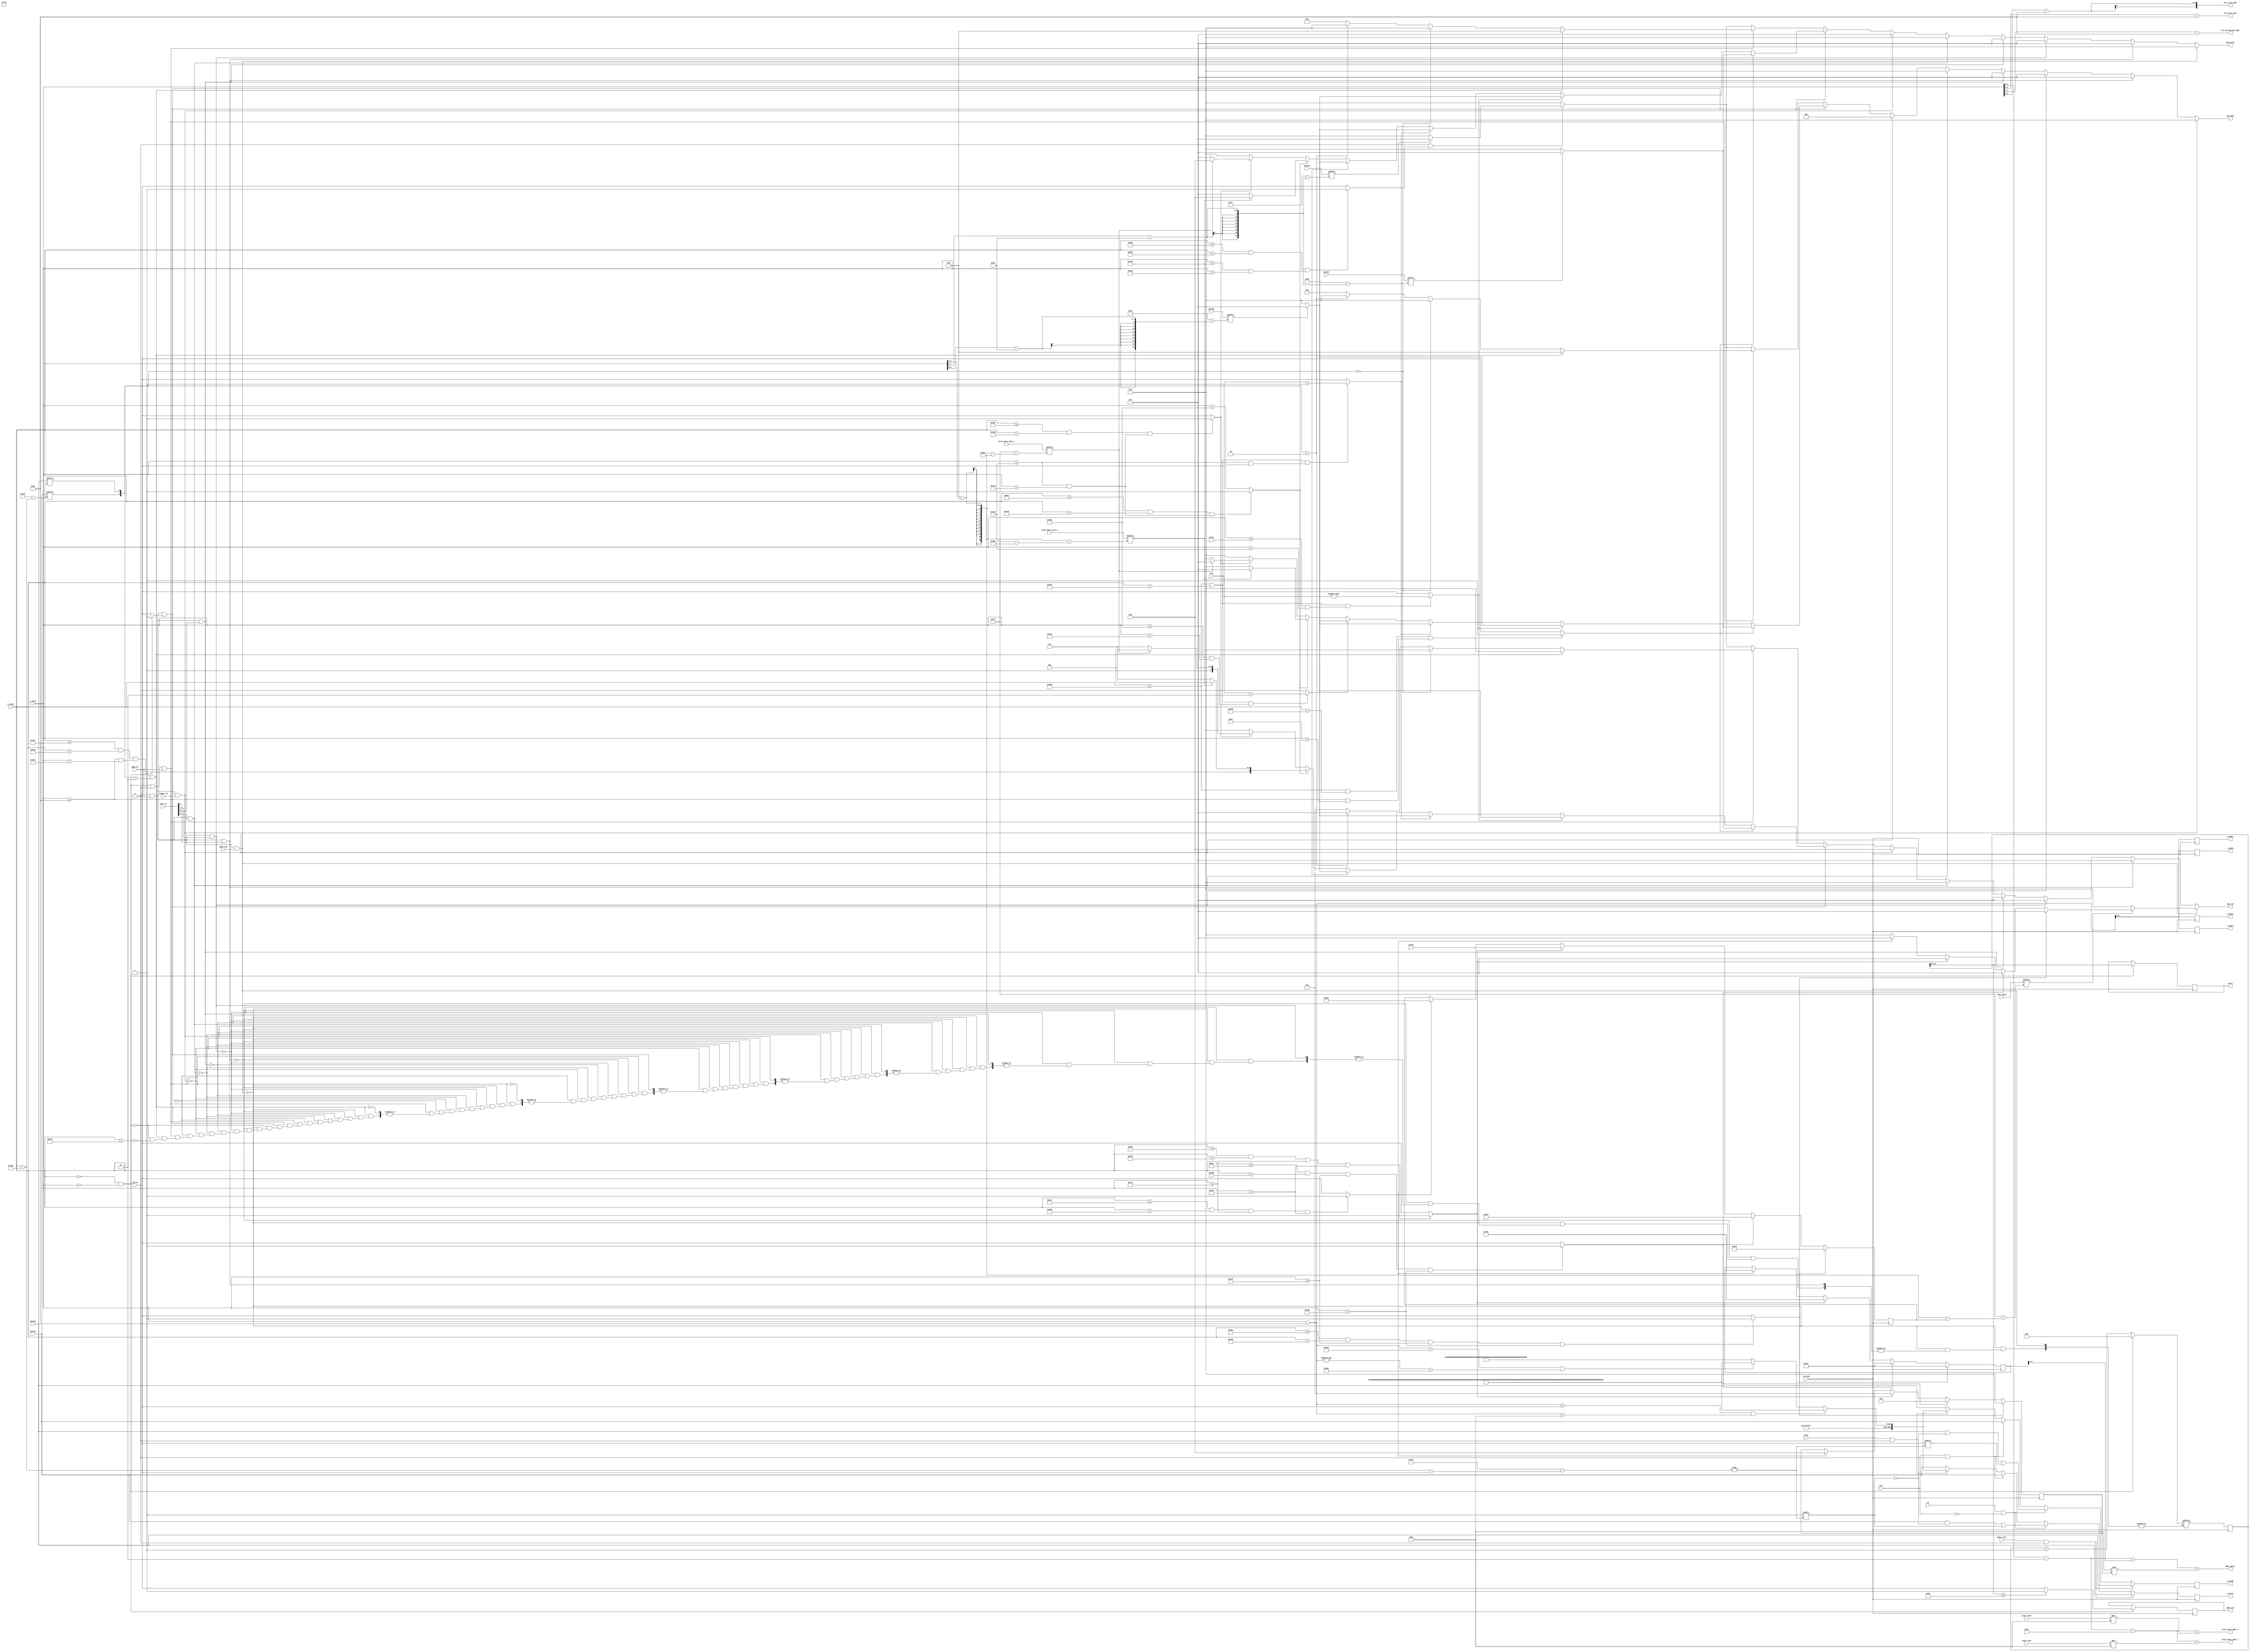
`timescale 1ns / 1ps
//////////////////////////////////////////////////////////////////////////////////
// Company: 
// Engineer: 
// 
// Design Name: 
// Module Name: game
// Project Name: 
// Target Devices: 
// Tool Versions: 
// Description: 
// 
// Dependencies: 
// 
// Revision:
// Revision 0.01 - File Created
// Additional Comments:
// 

module game                 //only module with write access to bram, display and writing performed in this module
(   
    input clk_65M, input clear, input [16:0] h_count, input [16:0] v_count, 
    input vid_on, input game_on,
    input [4:1] ball_on, input player_on,input we,
    
    input [0:82] doutb5, output [7:0] rom_lives_addr,
    input [0:191] doutb4, output [7:0] rom_instruction_addr,
    input [0:255] doutb3, output [6:0] rom_intsc_addr,
    input [0:1023] doutb0,input [0:1023] doutb1, 
    output [9 : 0] r_addr0, output [9 : 0] r_addr1,
    output [7:0] addr_gover,input [0:31] dout_gover,

    output reg [9 : 0] w_addr0, output reg [0:1023] w_data0,
    output reg [0:1023] w_data1,output reg [9 : 0] w_addr1,
    output [8:0] brom_count_addr_t,input [0:31] brom_count_data_t,//address and data for count display in tens
    output [8:0] brom_count_addr_o,input [0:31] brom_count_data_o,//address and data for count display in ones
    
    input istop,
    output reg [3:0] vga_red, output reg [3:0] vga_green, output reg [3:0] vga_blue,
    output reg game_win, 
    //output reg [1:0] led,

    input test,
    input [3:0] score_ones,score_tens,
    input game_start,
    
    input [1:0] life, input game_end,output reg [6:0] score
    //from redline
//    input [9:0] w_addr_write_red , 
//    input [0:1023] wdata_lsb_red,
//    input [0:1023] wdata_msb_red
);
            
    parameter HPIXELS = 1344;
    parameter VLINES = 806;
    parameter HBP = 296;//296
    parameter HFP = 1320;//24
    parameter VBP = 35;//35
    parameter VFP = 803;//
    parameter HSP = 136;
    parameter VSP = 6;
    parameter HSCREEN = 1024;
    parameter VSCREEN = 768;
    
    //parameters for screen
    parameter screen_xstart = 256;
    parameter screen_xsize = 256;
    parameter screen_ystart = 256;
    parameter screen_ysize = 128;
    
    //parameters for side screen which includes instructions, lives, score
    parameter side_screen_xstart = 713;
    parameter side_screen_xsize = 311;
    parameter side_screen_ystart = 0;
    parameter side_screen_ysize = 768;
    
    //parameters for instruction
    parameter instruction_xstart = 768;
    parameter instruction_xsize = 192;
    parameter instruction_ystart = 0;
    parameter instruction_ysize = 189;
    
    //parameters for lives star 1
    parameter lives1_xstart = 768;
    parameter lives1_xsize = 83;
    parameter lives1_ystart = 252;
    parameter lives1_ysize = 63;
    
    //parameters for lives star 2
    parameter lives2_xstart = 768;
    parameter lives2_xsize = 83;
    parameter lives2_ystart = 315;
    parameter lives2_ysize = 63;
    
    //parameters for lives star 3
    parameter lives3_xstart = 768;
    parameter lives3_xsize = 83;
    parameter lives3_ystart = 378;
    parameter lives3_ysize = 63;

    //parameters for score count
        //tens
    parameter count_xstart_t = lives2_xstart+100;
    parameter count_ystart_t= lives2_ystart;
        //ones
    parameter count_xstart_o =count_xstart_t+34  ;
    parameter count_ystart_o = lives2_ystart;
    parameter count_size = 31;

  
    parameter MASK_XSIZE = 31;
    parameter MASK_YSIZE = 31;
    //ga display parameters

//parameters for game over
    parameter GA_X_START = 500;
    parameter GA_Y_START = 300;
    
    //me display parameters
    parameter ME_X_START = GA_X_START+32;
    parameter ME_Y_START = GA_Y_START;
    
    //ov display parameters
    parameter OV_X_START = ME_X_START+32;
    parameter OV_Y_START = GA_Y_START+40;
    
    //me display parameters
    parameter ER_X_START = OV_X_START+32;
    parameter ER_Y_START = GA_Y_START+40;
    
    
            
    //assign wea = 0; 
    reg game_stop;
    //assigning screen addresses-A1
    reg [1:0] screen;
    reg  [16 : 0] rom_screen_addr0;
    reg  [16 : 0] rom_screen_addr1;
    wire  [16 : 0] rom_screen_pix ;

    wire  [16 : 0] rom_iscreen_addr;
    wire  [16 : 0] rom_iscreen_pix ;
    
    wire [16:0] x_start,y_start;
    reg [16:0] x_start_reg,y_start_reg,x_start_next,y_start_next;

    assign x_start = x_start_reg;
    assign y_start = y_start_reg;
    
    reg ga_on,me_on,ov_on,er_on;

    //on signal for ov display 
    always @(*)
    begin
        if ((h_count >= OV_X_START+HBP) && (h_count < OV_X_START+MASK_XSIZE+HBP) 
        && (v_count >= OV_Y_START+VBP) && (v_count < OV_Y_START+MASK_YSIZE+VBP))
        begin
            ov_on = 1;
        end
        else
        begin
            ov_on = 0;
        end
    end

    //on signal for ga display
    always @(*)
    begin
        if ((h_count >= GA_X_START+HBP) && (h_count < GA_X_START+MASK_XSIZE+HBP) 
        && (v_count >= GA_Y_START+VBP) && (v_count < GA_Y_START+MASK_YSIZE+VBP))
        begin
            ga_on = 1;
        end
        else
        begin
            ga_on = 0;
        end
    end

    //on signal for me display
    always @(*)
    begin
        if ((h_count >= ME_X_START+HBP) && (h_count < ME_X_START+MASK_XSIZE+HBP) 
        && (v_count >= ME_Y_START+VBP) && (v_count < ME_Y_START+MASK_YSIZE+VBP))
        begin
            me_on = 1;
        end
        else
        begin
            me_on = 0;
        end
    end

    //on signal for er display
    always @(*)
    begin
        if ((h_count >= ER_X_START+HBP) && (h_count < ER_X_START+MASK_XSIZE+HBP) 
        && (v_count >= ER_Y_START+VBP) && (v_count < ER_Y_START+MASK_YSIZE+VBP))
        begin
            er_on = 1;
        end
        else
        begin
            er_on = 0;
        end
    end

    //reg [3:0] factor;
 //display game over   
    always@(posedge clk_65M)
    begin
        x_start_reg<=x_start_next;
    end

    always@(*)
    begin
        if(ga_on==1)
            x_start_next = GA_X_START;
        else if(me_on==1)
            x_start_next = ME_X_START;
        else if(ov_on==1)
            x_start_next = OV_X_START;
        else if(er_on==1)
            x_start_next = ER_X_START;
        else
            x_start_next = x_start_reg;
    end
    
    always@(posedge clk_65M)
    begin
        y_start_reg<=y_start_next;
    end
    
    always@(*)
    begin
        if(ga_on==1)
            y_start_next = GA_Y_START;
        else if(me_on==1)
            y_start_next = ME_Y_START;
        else if(ov_on==1)
            y_start_next = OV_Y_START;
        else if(er_on==1)
            y_start_next = ER_Y_START;
        else
            y_start_next = y_start_reg;
    end
 //

    wire [3:0] factor;
    reg [3:0] factor_reg,factor_next;

    assign factor = factor_reg;
    
    always@(posedge clk_65M)
    begin
        factor_reg<=factor_next;
    end

    always@(*)
    begin
        if(ga_on==1)
            factor_next = 4'd0;
        else if(me_on==1)
            factor_next = 4'd1;
        else if(ov_on==1)
            factor_next = 4'd2;
        else if(er_on==1)
            factor_next = 4'd3;
        else
            factor_next = factor_reg;
    end

    //introduction screen display 
    assign rom_iscreen_addr = v_count[4:0]-VBP[4:0]-y_start;
    assign addr_gover = rom_iscreen_addr[4:0]+32*factor;
    reg ga_screen;
    
    assign rom_iscreen_pix = h_count[4:0]-HBP[4:0]-x_start;
    assign r_addr0 = rom_screen_addr0;
    assign r_addr1 = rom_screen_addr1;
    assign rom_screen_pix = h_count - HBP;
    
    //instruction screen display
    reg intscr;
    wire  [16 : 0] rom_intsc_pix ;
    assign rom_intsc_addr = v_count[6:0] - VBP[6:0];
    assign rom_intsc_pix = h_count[7:0] - HBP[7:0];
    
    reg instruction;
    wire  [16 : 0] rom_instruction_pix ;
    assign rom_instruction_addr = v_count[7:0] - VBP[7:0];
    assign rom_instruction_pix = h_count[7:0] - HBP[7:0];
    
    //lives display
    reg life1, life2, life3;
    wire  [16 : 0] rom_lives_pix ;
    assign rom_lives_addr = v_count[5:0] - VBP[5:0];
    assign rom_lives_pix = h_count[6:0] - HBP[6:0];
    
    reg side_screen_on, instruction_on;
    
    always @(*)
    begin
        if (((h_count >= side_screen_xstart+HBP) && (h_count < side_screen_xstart+side_screen_xsize+HBP)) && ((v_count >= side_screen_ystart+VBP) && (v_count < side_screen_ystart+side_screen_ysize+VBP)))
            side_screen_on = 1;
        else
            side_screen_on = 0;
    end
    
    always @(*)
    begin
        if (((h_count >= instruction_xstart+HBP) && (h_count < instruction_xstart+instruction_xsize+HBP)) && ((v_count >= instruction_ystart+VBP) && (v_count < instruction_ystart+instruction_ysize+VBP)))
            instruction_on = 1;
        else
            instruction_on = 0;
    end

    //screen display
    reg screen_on;
    always @(*)
    begin
        if (((h_count >= screen_xstart+HBP) && (h_count < screen_xstart+screen_xsize+HBP)) && ((v_count >= screen_ystart+VBP) && (v_count < screen_ystart+screen_ysize+VBP)))
            screen_on = 1;
        else
            screen_on = 0;
    end
    
    reg lives_on1, lives_on2, lives_on3;
    always @(*)
    begin
        if (((h_count >= lives1_xstart+HBP) && (h_count < lives1_xstart+lives1_xsize+HBP)) && ((v_count >= lives1_ystart+VBP) && (v_count < lives1_ystart+lives1_ysize+VBP)))
            lives_on1 = (life != 2'd0);
        else
            lives_on1 = 0;
    end
    
    always @(*)
    begin
        if (((h_count >= lives2_xstart+HBP) && (h_count < lives2_xstart+lives2_xsize+HBP)) && ((v_count >= lives2_ystart+VBP) && (v_count < lives2_ystart+lives2_ysize+VBP)))
            lives_on2 = (life > 2'd1);
        else
            lives_on2 = 0;
    end
    
    always @(*)
    begin
        if (((h_count >= lives3_xstart+HBP) && (h_count < lives3_xstart+lives3_xsize+HBP)) && ((v_count >= lives3_ystart+VBP) && (v_count < lives3_ystart+lives3_ysize+VBP)))
            lives_on3 = (life == 2'd3);
        else
            lives_on3 = 0;
    end
    
    //counting display
    reg count_on_o, count_on_t, count_o, count_t;
    wire [16:0] rom_count_addr_o, rom_count_pix_o;
    wire [16:0] rom_count_addr_t, rom_count_pix_t;
    
    //1 digit score display 
    always @(*)
    begin
        if (((h_count >= count_xstart_o+HBP) && (h_count < count_xstart_o+count_size+HBP)) && 
        ((v_count >= count_ystart_o+VBP) && (v_count < count_ystart_o+count_size+VBP)))
            count_on_o = 1;
        else
            count_on_o = 0;
    end
    
    //2nd digit score display 
    always @(*)
    begin
        if (((h_count >= count_xstart_t+HBP) && (h_count < count_xstart_t+count_size+HBP)) && ((v_count >= count_ystart_t+VBP) && (v_count < count_ystart_t+count_size+VBP)))
            count_on_t = 1;
        else
            count_on_t = 0;
    end

    //count xstart and ystart

    
    //ones
    assign rom_count_addr_o = v_count[4:0] - VBP[4:0] - count_ystart_o;
    assign brom_count_addr_o = rom_count_addr_o[4:0] +  score_ones*32;
    assign rom_count_pix_o = h_count[4:0] - HBP[4:0] - count_xstart_o;
    
    //tens
    assign rom_count_addr_t = v_count[4:0] - VBP[4:0] - count_ystart_o;
    assign brom_count_addr_t = rom_count_addr_t[4:0] + score_tens*32;
    assign rom_count_pix_t = h_count[4:0] - HBP[4:0] - count_xstart_t;
    
    
    
    reg [0:1023] temp0;
    reg [0:1023] temp1;
    

    wire write_wall;
    assign write_wall=(h_count>0 && h_count <500 && v_count==10);
//    assign write_wall = 0;

    reg [16:0] v_count_test,h_count_test;  

    //write to bram operations  
    always@(posedge clk_65M)
    begin
        if(game_start & vid_on)                 //remove the red line
            begin
               //fetch     
                rom_screen_addr0= v_count - VBP;
                rom_screen_addr1= v_count - VBP;
                w_addr0 =v_count - VBP;
                w_addr1 =v_count - VBP;
                w_data0 = doutb0;
                w_data1 = doutb0;
            end
                     
        else if(we & ~test)                      // write access to redline draw
            begin
                //fetch
                            
                rom_screen_addr0= v_count - VBP;
                rom_screen_addr1= v_count - VBP;
                //store
                temp1 = doutb1;
                temp0 = doutb0;
                //edit row
                temp0[rom_screen_pix]=0;                  //shade red
                temp1[rom_screen_pix]=1;                  //shade red
                //set write addresses
                w_addr0 =v_count - VBP;
                w_addr1 =v_count - VBP;
                //store
                w_data0 = temp0;
                w_data1 = temp1;
            end
        else if(test & vid_on) // redline to shaded color
            begin
                rom_screen_addr0= v_count - VBP;
                rom_screen_addr1= v_count - VBP;
                w_addr0 =v_count - VBP;
                w_addr1 =v_count - VBP;

                w_data0 = doutb1;
                w_data1 = doutb1;
                
            end
        else if(clear & vid_on)         //set bram to initial state
            begin
                //fetch
                v_count_test = v_count - VBP;
                rom_screen_addr0 = v_count_test;
                rom_screen_addr1 = v_count_test;
                
                if(v_count_test >0 &  v_count_test <32)      
                begin
                    temp0=~(1023'b0);
                    temp1=~(1023'b0);                  
                end
                else if( v_count_test>VSCREEN-32 &  &  v_count_test <VSCREEN)
                    begin
                        temp0=~(1023'b0);
                        temp1=~(1023'b0);                  
                    end
                else
                    begin
                        temp0={~32'd0,651'd0,~341'd0};
                        temp1={~32'd0,651'd0,~341'd0};                  
                    end
                //set write addresses
                w_addr0 =v_count - VBP;
                w_addr1 =v_count - VBP;
                //store
                w_data0 = temp0;
                w_data1 = temp1;
            end
        else
            begin
                //fetch            
                rom_screen_addr0= v_count - VBP;
                rom_screen_addr1= v_count - VBP;
                w_addr0 =v_count - VBP;
                w_addr1 =v_count - VBP;
                w_data0 = doutb0;
                w_data1 = doutb1;
            end                  
    end
    

    //score count    
    reg [20:0] i_countscore_next ,i_countscore_reg;
    wire refr_tick;
    reg [20:0] i_countscore;
    
    always@(posedge clk_65M)
        begin
            if(refr_tick)
                begin
                    i_countscore = i_countscore_reg;
                    score = i_countscore >>12;
                    if(score >= 25)//50% area covered
                        game_win = 1;
                    else
                        game_win = 0; 
                end
        end
        
    always @(posedge clk_65M)
    begin
        i_countscore_reg <= i_countscore_next;
    end

    assign refr_tick = ((h_count == 0) && (v_count == 0));

    //display
    always @(*)
    begin
        vga_red = 4'd0;
        vga_green = 4'd0;
        vga_blue = 4'd0;
        if (vid_on == 1'b1 && game_on == 1'b1 && game_end == 1'b1)          //game over display
        begin
            ga_screen = dout_gover[rom_iscreen_pix]; 
            if (ga_screen==1)
            begin
                
                if(ga_on)
                begin
                    vga_red = 4'd15;
                    vga_green = 4'd0;
                    vga_blue = 4'd0;
                end
                else if(me_on)
                begin
                    vga_red = 4'd15;
                    vga_green = 4'd0;
                    vga_blue = 4'd0;
                end
                else if(ov_on)
                begin
                    vga_red = 4'd15;
                    vga_green = 4'd0;
                    vga_blue = 4'd0;
                end
                else if(er_on)
                begin
                    vga_red = 4'd15;
                    vga_green = 4'd0;
                    vga_blue = 4'd0;
                end
           end
        end
        
        else if (vid_on == 1'b1 && game_on == 1'b1 && ball_on[3] == 1'b1)   //ball display
        begin
            vga_red = 4'd15;
            vga_green = 4'd15;
            vga_blue = 4'd15;
        end
        else if (vid_on == 1'b1 && game_on == 1'b1 && ball_on[2] == 1'b1)   //ball display
        begin
            vga_red = 4'd15;
            vga_green = 4'd15;
            vga_blue = 4'd15;
        end
        else if (vid_on == 1'b1 && game_on == 1'b1 && ball_on[1] == 1'b1)   //ball display
        begin
            vga_red = 4'd15;
            vga_green = 4'd15;
            vga_blue = 4'd15;
        end
        else if (vid_on == 1'b1 && game_on == 1'b1 && ball_on[4] == 1'b1)   //boundary ball display
        begin
            vga_red = 4'd0;
            vga_green = 4'd0;
            vga_blue = 4'd0;
        end
        else if (vid_on == 1'b1 && game_on == 1'b1 && player_on == 1'b1)   //player display
        begin
            vga_red = 4'd3;
            vga_green = 4'd15;
            vga_blue = 4'd6;
        end
        else if (vid_on == 1'b1 && game_on == 1'b1 && side_screen_on == 1'b1)   //side screen and its contents
        begin
            if (instruction_on == 1'b1)             //instruction display
            begin
                instruction = doutb4[rom_instruction_pix]; 
                if(instruction)
                begin
                    vga_red = 4'd15;
                    vga_green = 4'd15;
                    vga_blue = 4'd15;
                end
                else
                begin
                    vga_red = 4'd0;
                    vga_green = 4'd0;
                    vga_blue = 4'd0;
                end
            end
        
            else if (lives_on1)             //lives display 1
            begin
                life1 = doutb5[rom_lives_pix]; 
                if(life1)
                begin
                    vga_red = 4'd15;
                    vga_green = 4'd15;
                    vga_blue = 4'd15;
                end
                else
                begin
                    vga_red = 4'd0;
                    vga_green = 4'd0;
                    vga_blue = 4'd0;
                end
            end
            else if (lives_on2)             //lives display 2
            begin
                life2 = doutb5[rom_lives_pix]; 
                if(life2)
                begin
                    vga_red = 4'd15;
                    vga_green = 4'd15;
                    vga_blue = 4'd15;
                end
                else
                begin
                    vga_red = 4'd0;
                    vga_green = 4'd0;
                    vga_blue = 4'd0;
                end
            end
            else if (lives_on3)             //lives display 3
            begin
                life3 = doutb5[rom_lives_pix]; 
                if(life3)
                begin
                    vga_red = 4'd15;
                    vga_green = 4'd15;
                    vga_blue = 4'd15;
                end
                else
                begin
                    vga_red = 4'd0;
                    vga_green = 4'd0;
                    vga_blue = 4'd0;
                end
            end
            else if(count_on_o)         //ones digit of score display
            begin
                count_o = brom_count_data_o[rom_count_pix_o];
                if (count_o == 1'b1)
                begin
                    vga_red = 4'd9;
                    vga_green = 4'd3;
                    vga_blue = 4'd15;
                end
                else
                begin
                    vga_red = 4'd15;
                    vga_green = 4'd15;
                    vga_blue = 4'd0;
                end
            end
            else if(count_on_t)     //tens digit score display
            begin
                count_t = brom_count_data_t[rom_count_pix_t];
                if (count_t == 1'b1)
                begin
                    vga_red = 4'd9;
                    vga_green = 4'd3;
                    vga_blue = 4'd15;
                end
                else
                begin
                    vga_red = 4'd15;
                    vga_green = 4'd15;
                    vga_blue = 4'd0;
                end

            end
            else
                begin
                    vga_red = 4'd0;
                    vga_green = 4'd0;
                    vga_blue = 4'd0;
                end
        end
        else if ( refr_tick | vid_on == 1 && game_on == 1)                             //background display
        begin

            screen = {doutb1[rom_screen_pix],doutb0[rom_screen_pix]}; 
            if (refr_tick | screen == 2'b11)//shaded                    //score count
            begin           
                vga_red = 4'd0;//violet
                vga_green = 4'd8;
                vga_blue = 4'd8;
                begin
                    if(refr_tick)
                        i_countscore_next = 0;
                    else if(h_count < HSCREEN-320)//shaded
                        i_countscore_next = i_countscore_reg+1;
                      
                end
            end
            else if(screen==2'd00)//unshaded
            begin
                vga_red = 4'd0;     //black
                vga_green = 4'd0;
                vga_blue = 4'd0;
            end
            else if(screen==2'b10)//redline
            begin
                vga_red = 4'd15; //red
                vga_green = 4'd0;
                vga_blue = 4'd0;
                
            end
            else //default color
            begin
                vga_red = 4'd2; //red
                vga_green = 4'd9;
                vga_blue = 4'd13;
                
            end
        end
        else if (vid_on == 1'b1 & screen_on)                                          //introduction screen display
        begin                                                             
            intscr = doutb3[rom_intsc_pix];
            if(intscr)
            begin
                vga_red = 4'd15;
                vga_green = 4'd15;
                vga_blue = 4'd15;
            end
            else
            begin
                vga_red = 4'd0;
                vga_green = 4'd0;
                vga_blue = 4'd0;
            end
        end
        
   end
   
endmodule